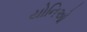
યોનિઓ